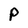
Character: P